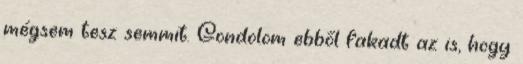
mégsem tesz semmit. Gondolom ebből fakadt az is, hogy